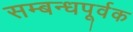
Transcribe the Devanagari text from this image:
सम्बन्धपूर्वक